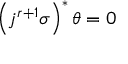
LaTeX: \left( j ^ { r + 1 } \sigma \right) ^ { * } \theta = 0